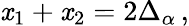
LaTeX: \mathit{x}_{1}+\mathit{x}_{2}=2\Delta_{\alpha}\, ,